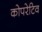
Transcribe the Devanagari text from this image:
कोपरेटिव